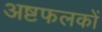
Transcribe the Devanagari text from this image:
अष्टफलकों